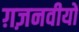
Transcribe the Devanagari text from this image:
ग़ज़नवीयों